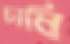
চাষি